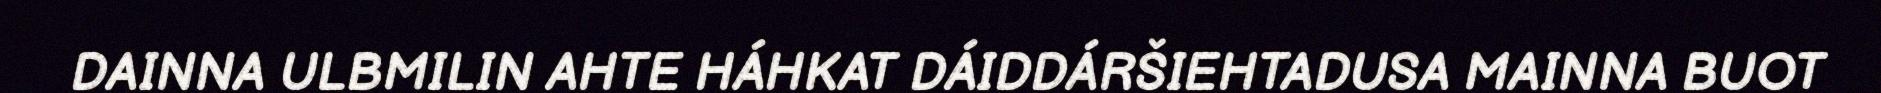
DAINNA ULBMILIN AHTE HÁHKAT DÁIDDÁRŠIEHTADUSA MAINNA BUOT